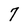
Character: 7